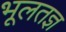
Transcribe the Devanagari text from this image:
भूलतज्ञ